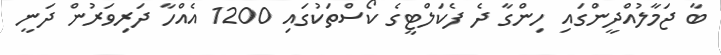
ބާ ޖަމާލުއްދީންގައި ހިންގާ ދެ ފެކަލްޓީގެ ކޯސްތަކުގައި 1200 އެއްހާ ދަރިވަރުން ދަނީ